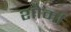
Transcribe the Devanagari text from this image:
शोर्मा